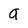
Character: a